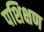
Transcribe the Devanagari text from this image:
पशिक्षण